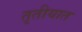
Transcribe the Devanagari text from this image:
तृतीयात